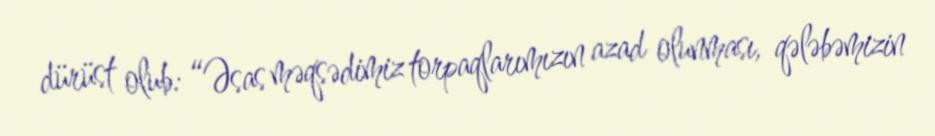
dürüst olub: “Əsas məqsədimiz torpaqlarımızın azad olunması, qələbəmizin